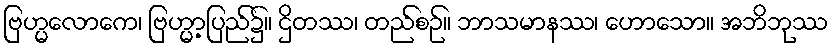
ဗြဟ္မလောကေ၊ ဗြဟ္မာ့ပြည်၌။ ဌိတဿ၊ တည်စဉ်။ ဘာသမာနဿ၊ ဟောသော။ အဘိဘုဿ